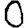
Digit: 0